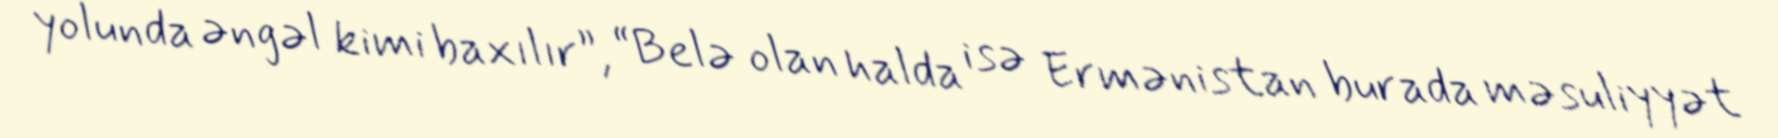
yolunda əngəl kimi baxılır”, “Belə olan halda isə Ermənistan burada məsuliyyət